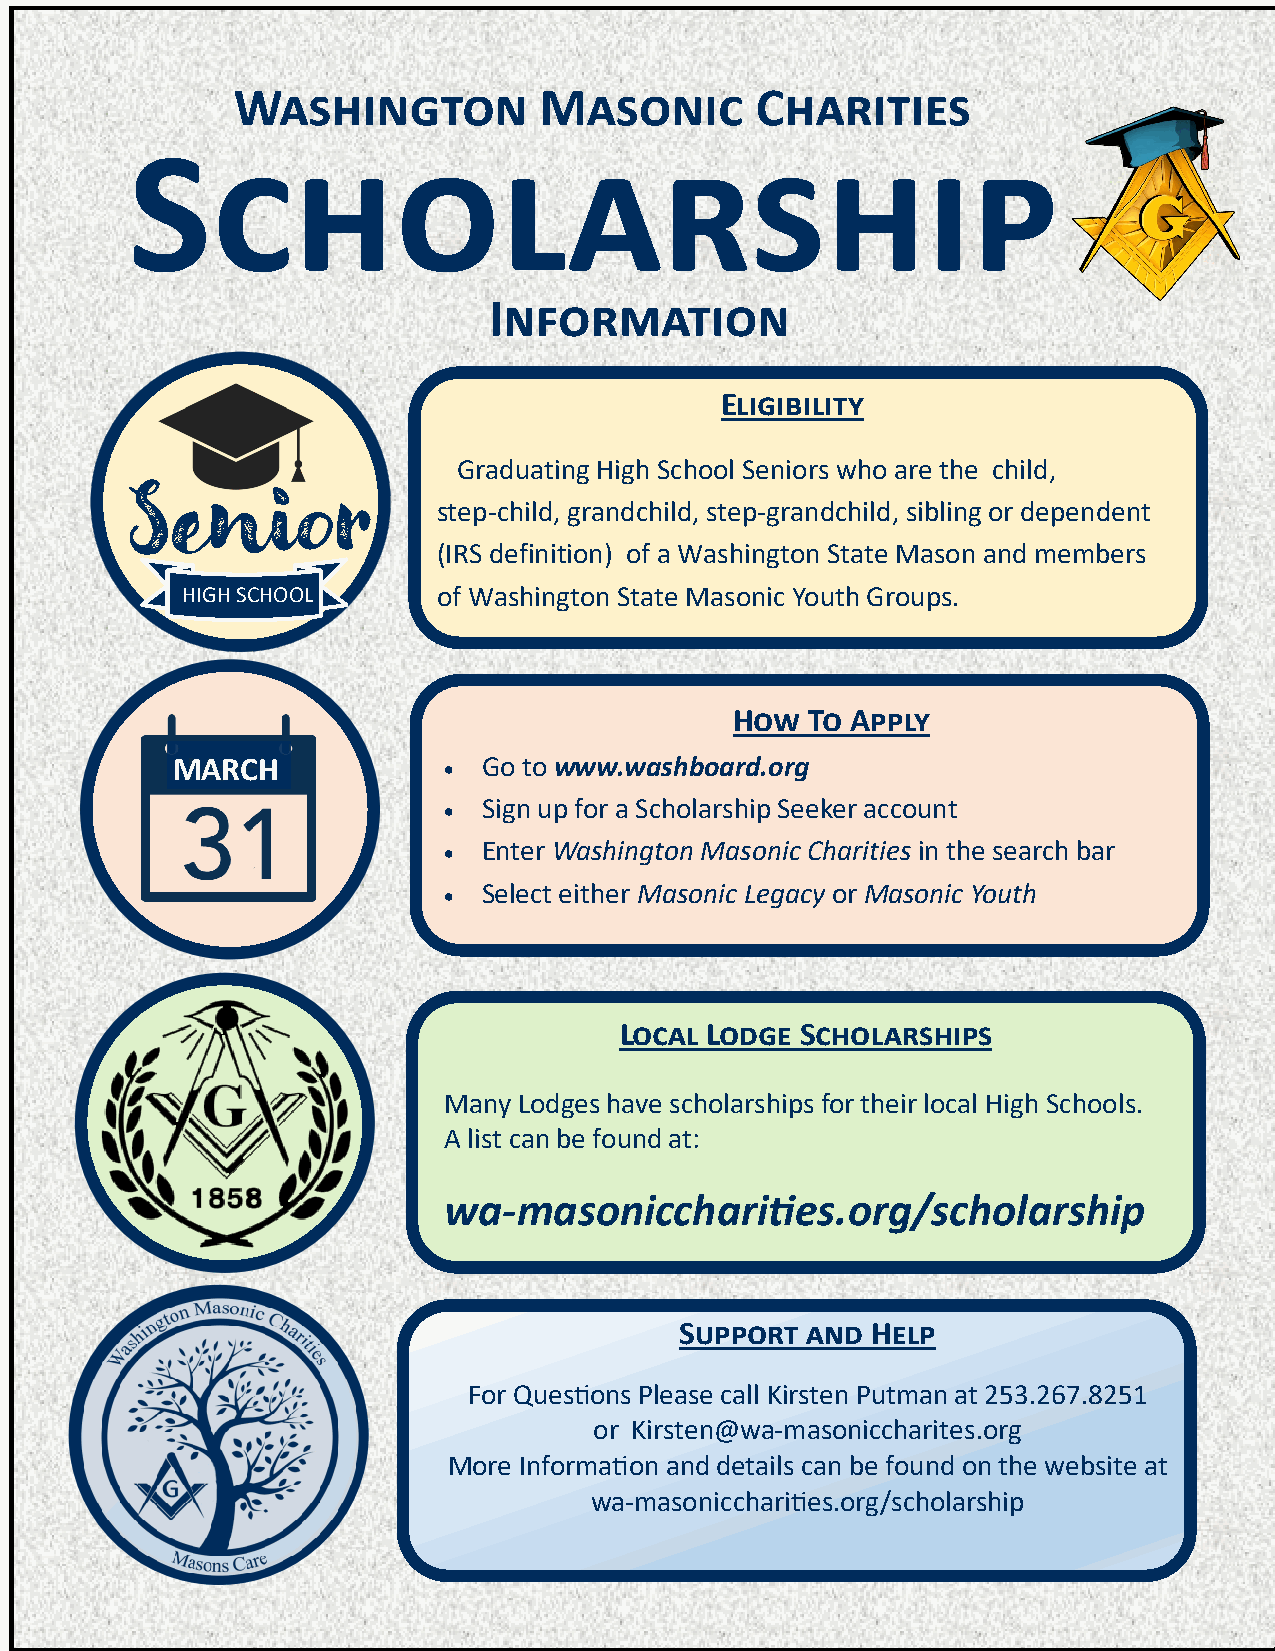
Washington           Masonic       Charities
 Scholarship
 Information
 Eligibility
 Graduating High School Seniors who are the child,
 Senior               step-child, grandchild, step-grandchild, sibling or dependent
 (IRS definition) of a Washington State Mason and members
 HIGH SCHOOL      of Washington State Masonic Youth Groups.
 How  To Apply
 MARCH             •  Go to www.washboard.org
 •  Sign up for a Scholarship Seeker account
 •  Enter Washington Masonic Charities in the search bar
 •  Select either Masonic Legacy or Masonic Youth
 Local Lodge Scholarships
 Many Lodges have scholarships for their local High Schools.
 A list can be found at:
 wa-masoniccharities.org/scholarship
 Support and  Help
 For Questions Please call Kirsten Putman at 253.267.8251
 or Kirsten@wa-masoniccharites.org
 More Information and details can be found on the website at
 wa-masoniccharities.org/scholarship